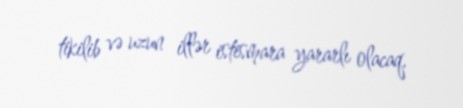
tikilib və uzun illər istismara yararlı olacaq.